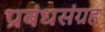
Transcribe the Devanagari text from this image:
प्रबंधसंग्रह